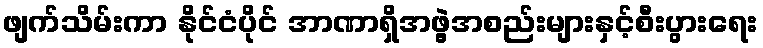
ဖျက်သိမ်းကာ နိုင်ငံပိုင် အာဏာရှိအဖွဲ့အစည်းများနှင့်စီးပွားရေး